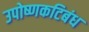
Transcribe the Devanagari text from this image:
उपोष्णकटिबंध